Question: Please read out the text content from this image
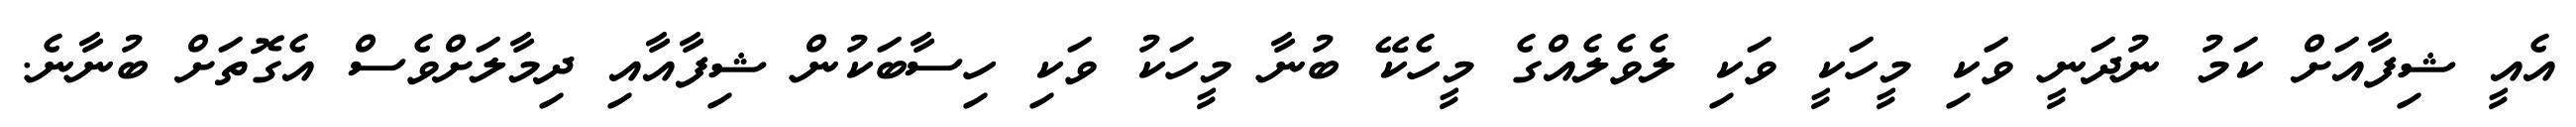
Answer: އެއީ ޝިފާއަށް ކަމު ނުދަނީ ވަކި މީހަކީ ވަކި ލެވެލެއްގެ މީހެކޭ ބުނާ މީހަކު ވަކި ހިސާބަކުން ޝިފާއާއި ދިމާލަށްވެސް އެގޮތަށް ބުނާނެ.